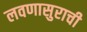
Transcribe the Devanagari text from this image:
लवणासुराची